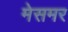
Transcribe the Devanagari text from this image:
मेसमर